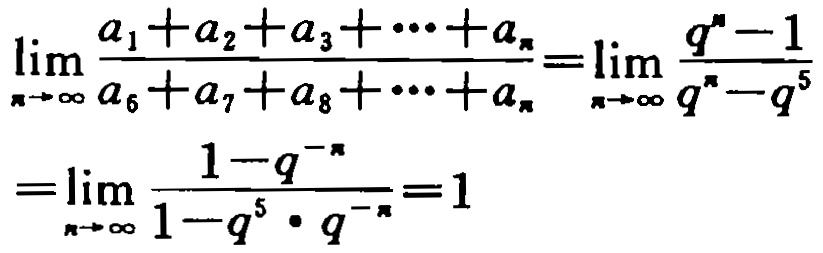
\[\lim_{n \to \infty} \frac{a_{1}+a_{2}+a_{3}+\cdots +a_{n}}{a_{6}+a_{7}+a_{8}+\cdots +a_{n}}=\lim_{n \to \infty} \frac{q^{n}-1}{q^{n}-q^{5}}=\lim_{n \to \infty} \frac{1 - q^{-n}}{1 - q^{5} \cdot q^{-n}}=1\]